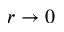
r \to 0